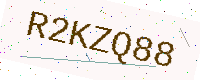
Text: R2KZQ88